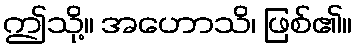
ဤသို့။ အဟောသိ၊ ဖြစ်၏။